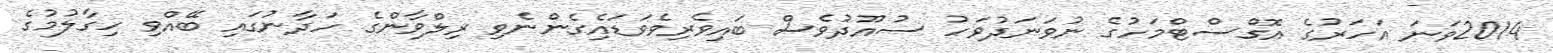
2014ވަނަ އަހަރުގެ އޮގްސްޓްމަހުގެ ނުވަނަދުވަހު ސުއޫދުވެސް ބައިވެރިވެވަޑައިެގެންނެވި ރިލްވާންގެ ހަދާނުގައި ބޭއްވި ހިގާލުމުގެ